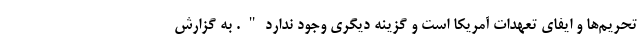
تحریم‌ها و ایفای تعهدات آمریکا است و گزینه دیگری وجود ندارد". به گزارش